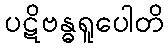
ပဋိဗန္ဓရူပေါတိ